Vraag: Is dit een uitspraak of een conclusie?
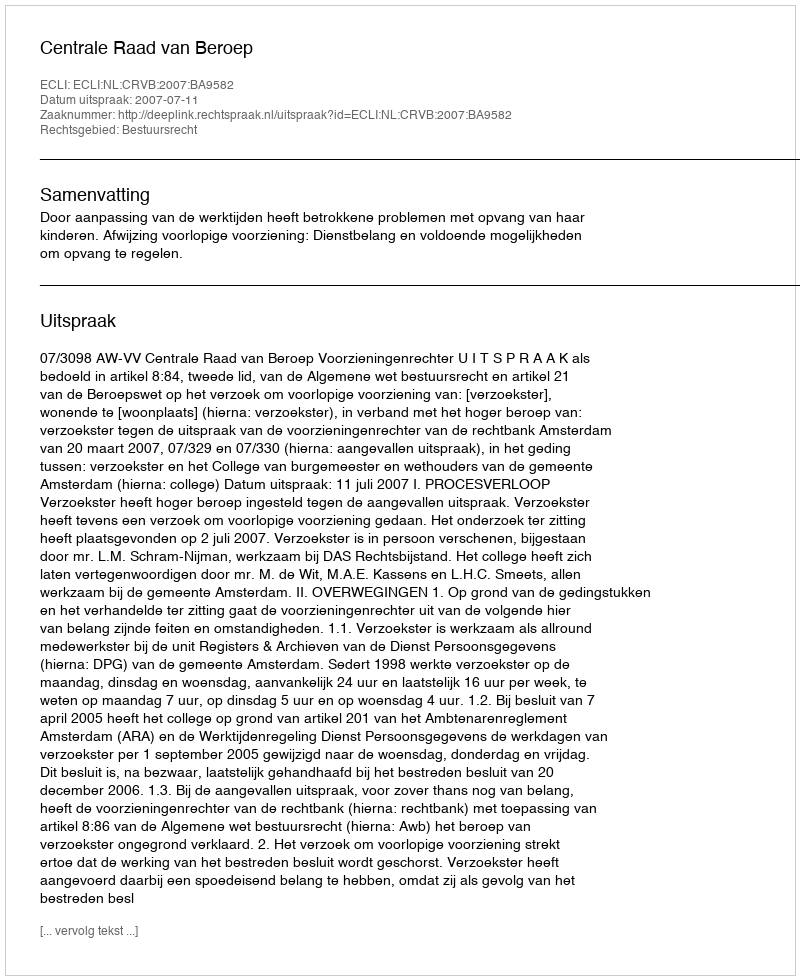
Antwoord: Uitspraak